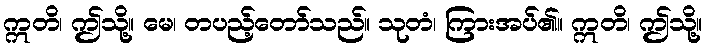
ဣတိ၊ ဤသို့။ မေ၊ တပည့်တော်သည်။ သုတံ၊ ကြားအပ်၏။ ဣတိ၊ ဤသို့။